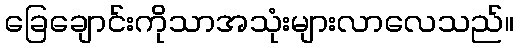
ခြေချောင်းကိုသာအသုံးများလာလေသည်။